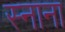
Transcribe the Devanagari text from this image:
स्नाना